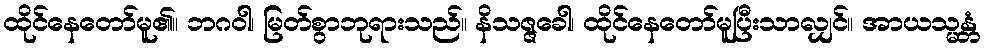
ထိုင်နေတော်မူ၏။ ဘဂဝါ၊ မြတ်စွာဘုရားသည်။ နိသဇ္ဇခေါ၊ ထိုင်နေတော်မူပြီးသာလျှင်။ အာယသ္မန္တံ